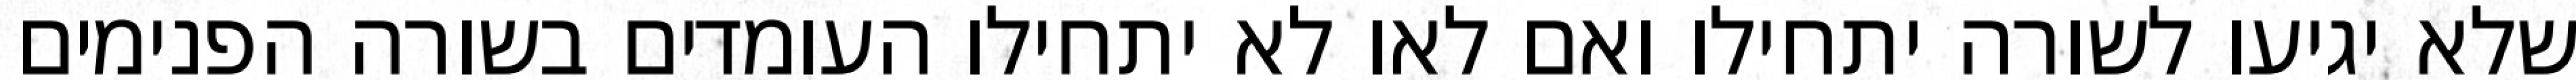
שלא יגיעו לשורה יתחילו ואם לאו לא יתחילו העומדים בשורה הפנימים